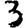
Digit: 3